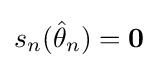
{\textstyle s_{n}({\hat {\theta }}_{n})=\mathbf {0} }